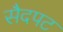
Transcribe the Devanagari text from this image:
सैदपट